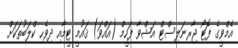
އެމްވީގެ ފޮޓޯ ޖާރނަލިސްޓް އަޝްވާ ފަހީމް (އައްވަ) ޤައުމީ ޓީމާއި ދިވެހި ކްލަބުތަކަށް